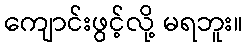
ကျောင်းဖွင့်လို့ မရဘူး။